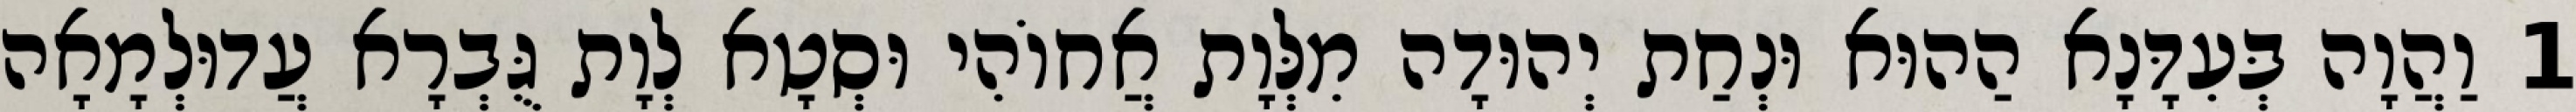
1 וַהֲוָה בְּעִדָּנָא הַהוּא וּנְחַת יְהוּדָה מִלְּוָת אֲחוֹהִי וּסְטָא לְוָת גֻּבְרָא עֲדוּלְמָאָה